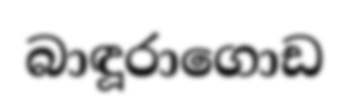
බාඳූරාගොඩ